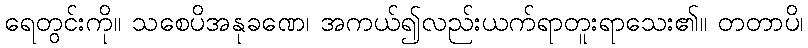
ရေတွင်းကို။ သစေပိအနုခဏေ၊ အကယ်၍လည်းယက်ရာတူးရာသေး၏။ တတာပိ၊